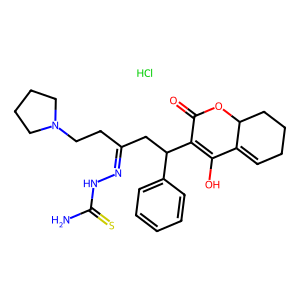
SMILES: Cl.NC(=S)NN=C(CCN1CCCC1)CC(C1=C(O)C2=CCCCC2OC1=O)c1ccccc1
Inhibits HIV replication: No